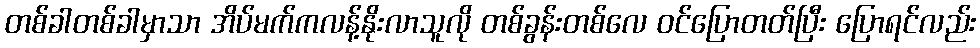
တစ်ခါတစ်ခါမှာသာ အိပ်မက်ကလန့်နိုးလာသူလို တစ်ခွန်းတစ်လေ ဝင်ပြောတတ်ပြီး ပြောရင်လည်း